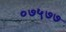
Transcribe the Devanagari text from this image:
०७५७७